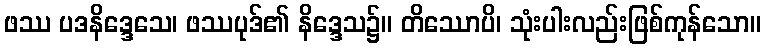
ဖဿ ပဒနိဒ္ဒေသေ၊ ဖဿပုဒ်၏ နိဒ္ဒေသ၌။ တိဿောပိ၊ သုံးပါးလည်းဖြစ်ကုန်သော။